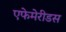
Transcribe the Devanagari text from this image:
एफेमेरीडस